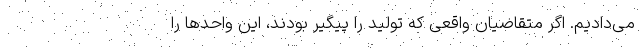
می‌دادیم. اگر متقاضیان واقعی که تولید را پیگیر بودند، این واحدها را